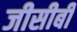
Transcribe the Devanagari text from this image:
जीसीबी